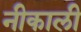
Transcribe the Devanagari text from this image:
नीकाली